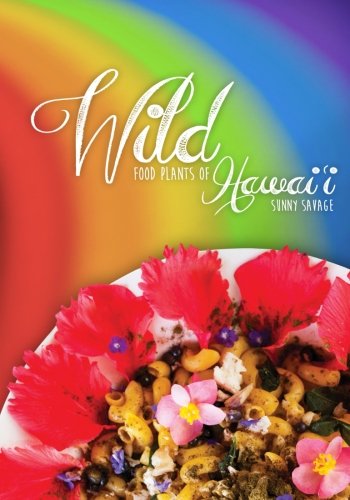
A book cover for Wild Food Plants of Hawai'i; Sunny Savage; Cookbooks, Food & Wine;